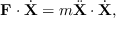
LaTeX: \mathbf { F } \cdot { \dot { \mathbf { X } } } = m { \ddot { \mathbf { X } } } \cdot { \dot { \mathbf { X } } } ,